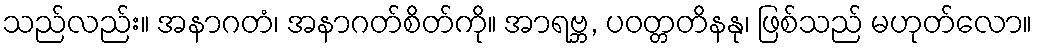
သည်လည်း။ အနာဂတံ၊ အနာဂတ်စိတ်ကို။ အာရဗ္ဘ, ပဝတ္တတိနနု၊ ဖြစ်သည် မဟုတ်လော။